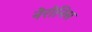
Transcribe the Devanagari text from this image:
नेरोनिस